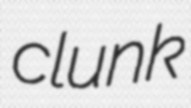
clunk